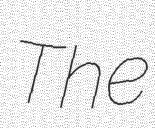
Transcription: The